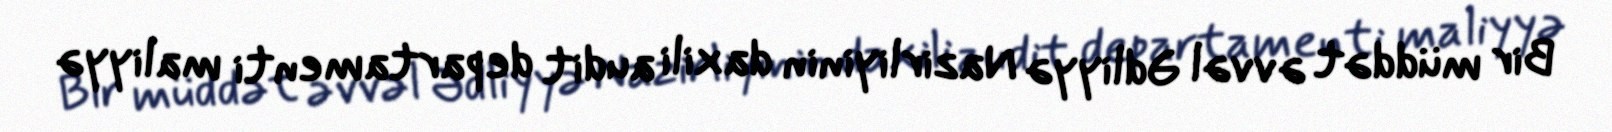
Bir müddət əvvəl Ədliyyə Nazirliyinin daxili audit departamenti maliyyə